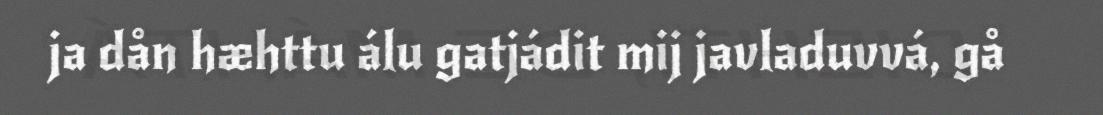
ja dån hæhttu álu gatjádit mij javladuvvá, gå